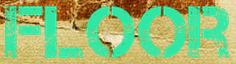
FLOOR